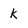
Character: k